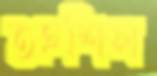
তহশিল